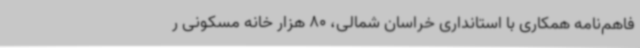
فاهم‌نامه همکاری با استانداری خراسان شمالی، 80 هزار خانه مسکونی ر